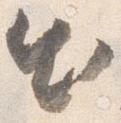
出